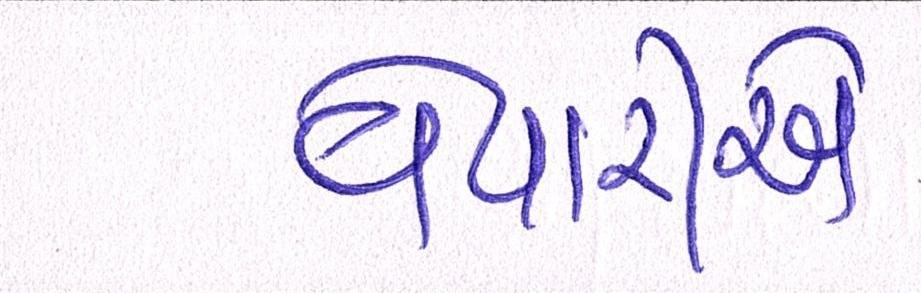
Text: વેપારીએ